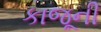
કાજૂની